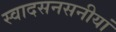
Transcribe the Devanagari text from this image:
स्वादसनसनीयां